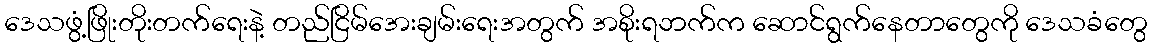
ဒေသဖွံ့ဖြိုးတိုးတက်ရေးနဲ့ တည်ငြိမ်အေးချမ်းရေးအတွက် အစိုးရဘက်က ဆောင်ရွက်နေတာတွေကို ဒေသခံတွေ